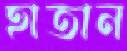
হাতান